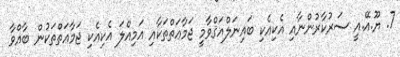
7. ޔޫ.އޭ.އީ ސަރުކާރުންނާއި އެކިއެކި ބައިނަލްއަޤްވާމީ ޖަމާޢަތްތަކާއި އަމިއްލަ އެކިއެކި ޖަމާޢަތްތަކުން ބާއްވާ